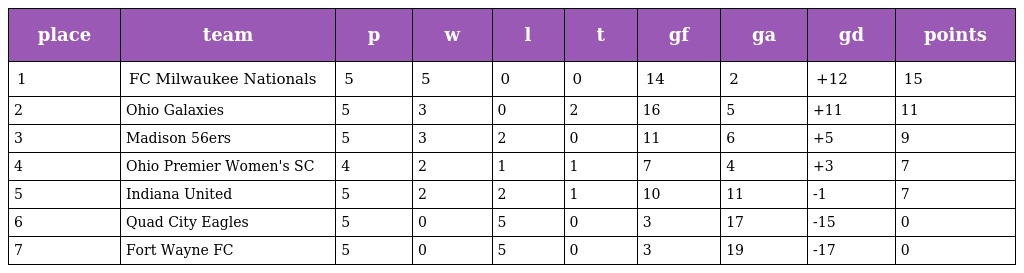
| place | team | p | w | l | t | gf | ga | gd | points |
 | --- | --- | --- | --- | --- | --- | --- | --- | --- | --- |
 | 1 | FC Milwaukee Nationals | 5 | 5 | 0 | 0 | 14 | 2 | +12 | 15 |
 | 2 | Ohio Galaxies | 5 | 3 | 0 | 2 | 16 | 5 | +11 | 11 |
 | 3 | Madison 56ers | 5 | 3 | 2 | 0 | 11 | 6 | +5 | 9 |
 | 4 | Ohio Premier Women's SC | 4 | 2 | 1 | 1 | 7 | 4 | +3 | 7 |
 | 5 | Indiana United | 5 | 2 | 2 | 1 | 10 | 11 | -1 | 7 |
 | 6 | Quad City Eagles | 5 | 0 | 5 | 0 | 3 | 17 | -15 | 0 |
 | 7 | Fort Wayne FC | 5 | 0 | 5 | 0 | 3 | 19 | -17 | 0 |